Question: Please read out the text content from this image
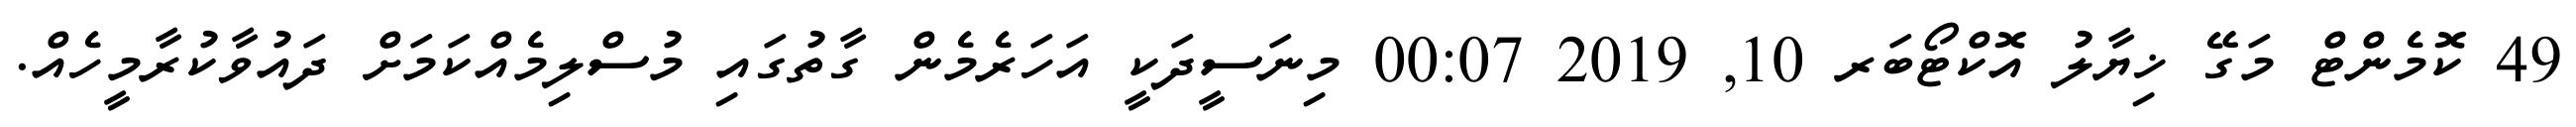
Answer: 49 ކޮމެންޓް މަގޭ ޚިޔާލު އޮކްޓޯބަރ 10, 2019 00:07 މިނަސީދަކީ އަހަރެމެން ގާތުގައި މުސްލިމެއްކަމަށް ދައުވާކުރާމީހެއް.